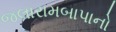
જલારામબાપાનો